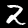
Digit: 2